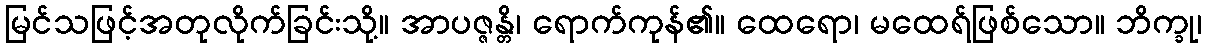
မြင်သဖြင့်အတုလိုက်ခြင်းသို့။ အာပဇ္ဇန္တိ၊ ရောက်ကုန်၏။ ထေရော၊ မထေရ်ဖြစ်သော။ ဘိက္ခု၊